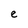
Character: e